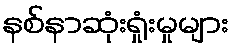
နစ်နာဆုံးရှုံးမှုများ